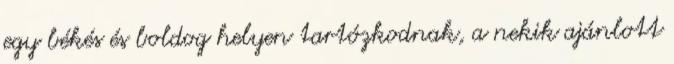
egy békés és boldog helyen tartózkodnak, a nekik ajánlott